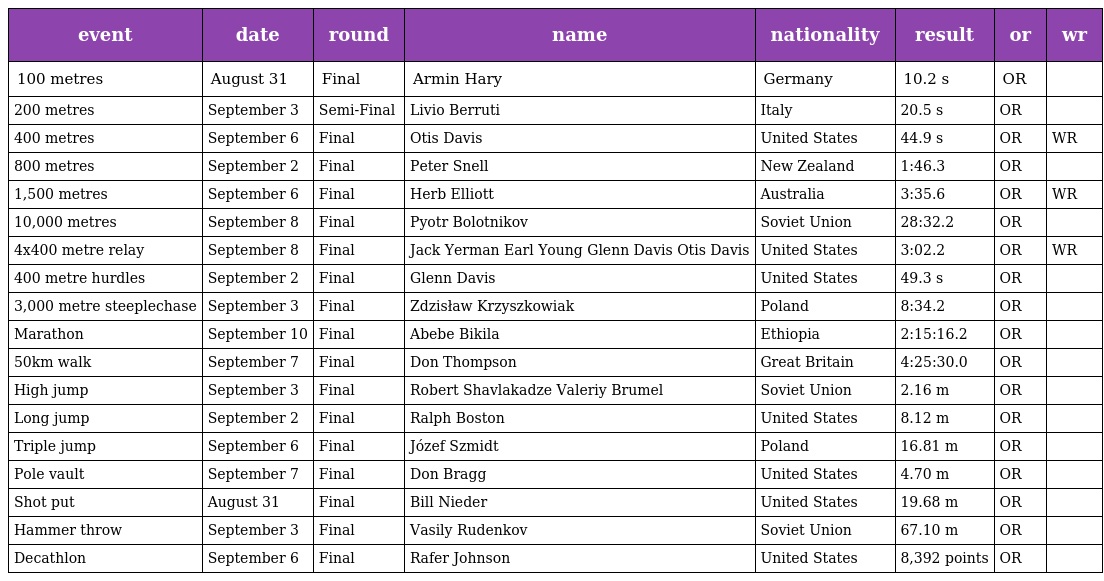
| event | date | round | name | nationality | result | or | wr |
 | --- | --- | --- | --- | --- | --- | --- | --- |
 | 100 metres | August 31 | Final | Armin Hary | Germany | 10.2 s | OR |  |
 | 200 metres | September 3 | Semi-Final | Livio Berruti | Italy | 20.5 s | OR |  |
 | 400 metres | September 6 | Final | Otis Davis | United States | 44.9 s | OR | WR |
 | 800 metres | September 2 | Final | Peter Snell | New Zealand | 1:46.3 | OR |  |
 | 1,500 metres | September 6 | Final | Herb Elliott | Australia | 3:35.6 | OR | WR |
 | 10,000 metres | September 8 | Final | Pyotr Bolotnikov | Soviet Union | 28:32.2 | OR |  |
 | 4x400 metre relay | September 8 | Final | Jack Yerman Earl Young Glenn Davis Otis Davis | United States | 3:02.2 | OR | WR |
 | 400 metre hurdles | September 2 | Final | Glenn Davis | United States | 49.3 s | OR |  |
 | 3,000 metre steeplechase | September 3 | Final | Zdzisław Krzyszkowiak | Poland | 8:34.2 | OR |  |
 | Marathon | September 10 | Final | Abebe Bikila | Ethiopia | 2:15:16.2 | OR |  |
 | 50km walk | September 7 | Final | Don Thompson | Great Britain | 4:25:30.0 | OR |  |
 | High jump | September 3 | Final | Robert Shavlakadze Valeriy Brumel | Soviet Union | 2.16 m | OR |  |
 | Long jump | September 2 | Final | Ralph Boston | United States | 8.12 m | OR |  |
 | Triple jump | September 6 | Final | Józef Szmidt | Poland | 16.81 m | OR |  |
 | Pole vault | September 7 | Final | Don Bragg | United States | 4.70 m | OR |  |
 | Shot put | August 31 | Final | Bill Nieder | United States | 19.68 m | OR |  |
 | Hammer throw | September 3 | Final | Vasily Rudenkov | Soviet Union | 67.10 m | OR |  |
 | Decathlon | September 6 | Final | Rafer Johnson | United States | 8,392 points | OR |  |